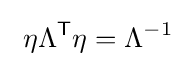
\ \eta \Lambda ^{\textsf {T}}\eta =\Lambda ^{-1}\